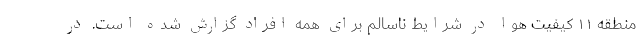
منطقه ۱۱ کیفیت هوا در شرایط ناسالم برای همه افراد گزارش شده است. در